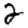
Digit: 2